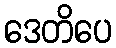
ဒေတိပေ